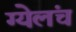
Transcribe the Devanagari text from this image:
ग्येलंच